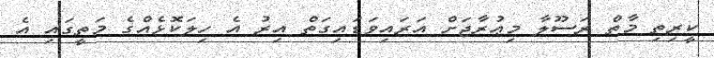
ކީރިތި މާތް ރަސޫލާ މިޢުރާޖަށް އަރައިވަޑައިގަތް އިރު އެ ހިލަކޮޅެއްގެ މަތީގައި އެ